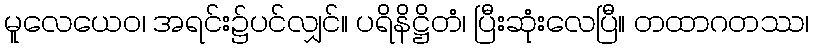
မူလေယေဝ၊ အရင်း၌ပင်လျှင်။ ပရိနိဋ္ဌိတံ၊ ပြီးဆုံးလေပြီ။ တထာဂတဿ၊